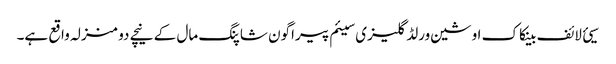
سیئ لائف بینکاک اوشین ورلڈ گلیزی سیئم پیراگون شاپنگ مال کے نیچے دو منزلہ واقع ہے۔